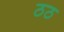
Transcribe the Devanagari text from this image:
ठठ